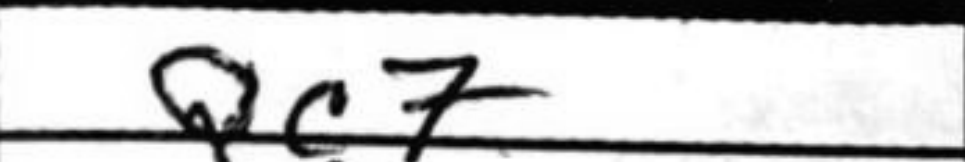
Transcription: Qc7